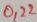
Text: 0,22